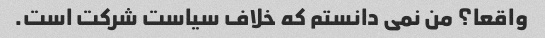
واقعا؟ من نمی دانستم که خلاف سیاست شرکت است.